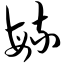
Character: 毓